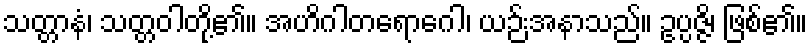
သတ္တာနံ၊ သတ္တဝါတို့၏။ အဟိဂါတရောဂေါ၊ ယဉ်းအနာသည်။ ဥပ္ပဇ္ဇိ၊ ဖြစ်၏။